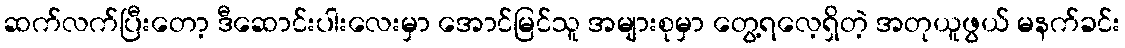
ဆက်လက်ပြီးတော့ ဒီဆောင်းပါးလေးမှာ အောင်မြင်သူ အများစုမှာ တွေ့ရလေ့ရှိတဲ့ အတုယူဖွယ် မနက်ခင်း